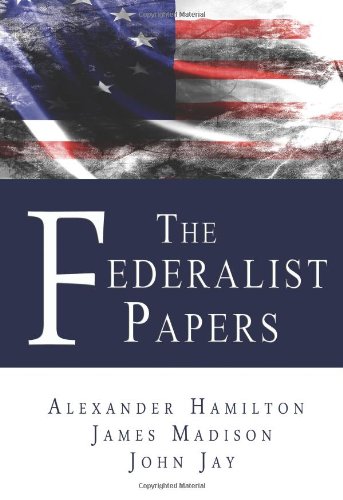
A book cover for The Federalist Papers; Alexander Hamilton; Law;